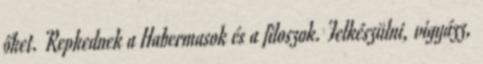
őket. Repkednek a Habermasok és a filoszok. Felkészülni, vigyázz,